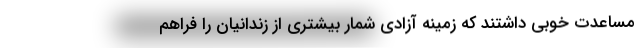
مساعدت خوبی داشتند که زمینه آزادی شمار بیشتری از زندانیان را فراهم